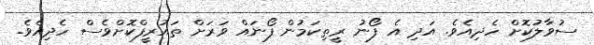
ސުވާލުކޮށް ހެދިއެވެ. އަދި އެ ފޯނު ރީތިކަމުން ފޯނައް ވަރަށް ތައުރީފްކޮށްވެސް ހެދިއެވެ.